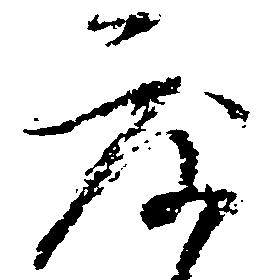
度